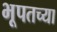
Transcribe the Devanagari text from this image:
भूपतच्या